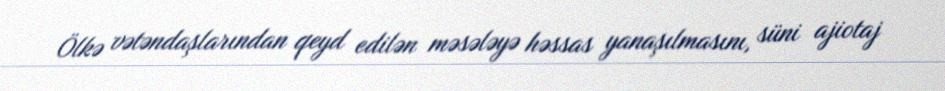
Ölkə vətəndaşlarından qeyd edilən məsələyə həssas yanaşılmasını, süni ajiotaj